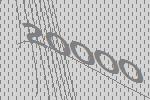
20000